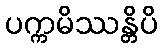
ပက္ကမိဿန္တိပိ